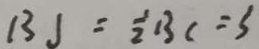
B J = \frac { 1 } { 2 } B C = 3